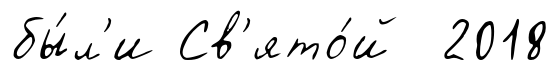
бы́л'и Св'ято́й 2018